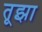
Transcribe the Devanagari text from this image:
तूझा